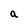
Character: a